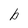
Character: b